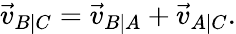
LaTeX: {\vec{v}}_{B\mid C}={\vec{v}}_{B\mid A}+{\vec{v}}_{A\mid C}.